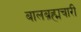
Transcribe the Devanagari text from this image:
बालब्रह्मचारी